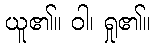
ယူ၏။ ဝါ၊ ရှု၏။